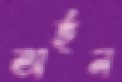
অর্হন